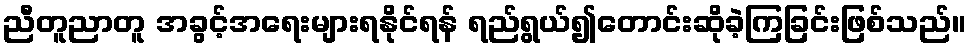
ညီတူညာတူ အခွင့်အရေးများရနိုင်ရန် ရည်ရွယ်၍တောင်းဆိုခဲ့ကြခြင်းဖြစ်သည်။